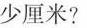
少厘米?